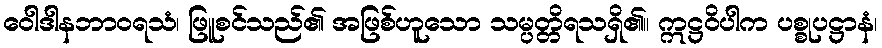
ဝေါဒါနဘာဝရသံ၊ ဖြူစင်သည်၏ အဖြစ်ဟူသော သမ္ပတ္တိရသရှိ၏။ ဣဋ္ဌဝိပါက ပစ္စုပဋ္ဌာနံ၊